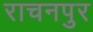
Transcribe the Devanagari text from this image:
राचनपुर